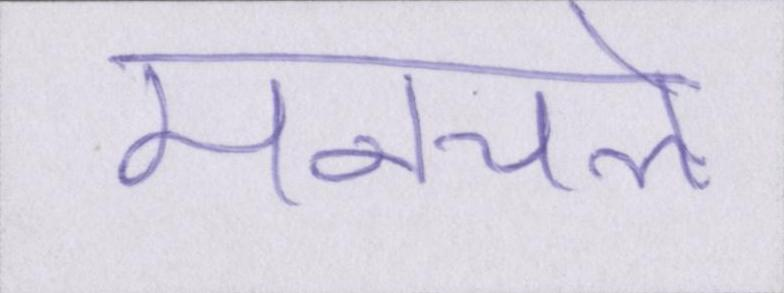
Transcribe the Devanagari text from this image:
मनचले